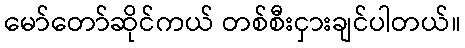
မော်တော်ဆိုင်ကယ် တစ်စီးငှားချင်ပါတယ်။